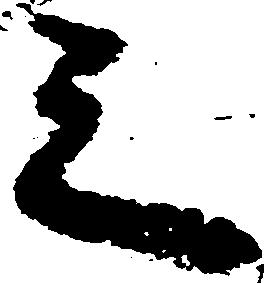
之